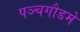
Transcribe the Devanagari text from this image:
पञ्चगौडमे